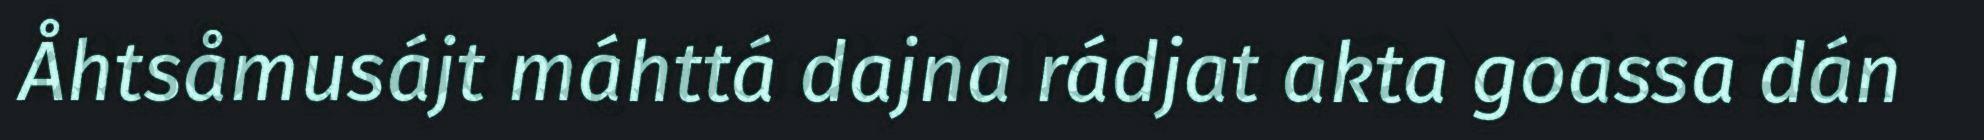
Åhtsåmusájt máhttá dajna rádjat akta goassa dán